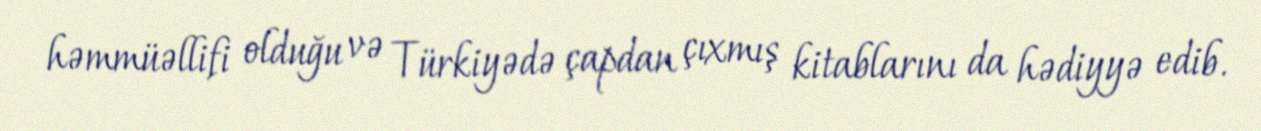
həmmüəllifi olduğu və Türkiyədə çapdan çıxmış kitablarını da hədiyyə edib.